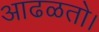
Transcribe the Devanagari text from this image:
आढळतो।